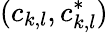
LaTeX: (c_{k,l},c_{k,l}^{*})